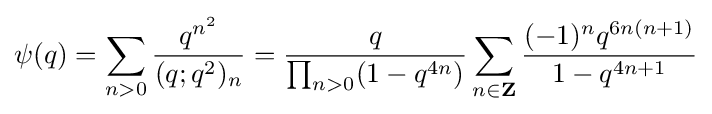
\psi (q)=\sum _{n>0}{\frac {q^{n^{2}}}{(q;q^{2})_{n}}}={\frac {q}{\prod _{n>0}(1-q^{4n})}}\sum _{n\in \mathbf {Z} }{\frac {(-1)^{n}q^{6n(n+1)}}{1-q^{4n+1}}}